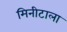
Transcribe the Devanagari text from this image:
मिनीटाला